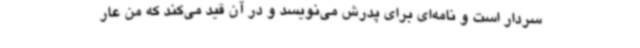
سردار است و نامه‌ای برای پدرش می‌نویسد و در آن قید می‌کند که من عار